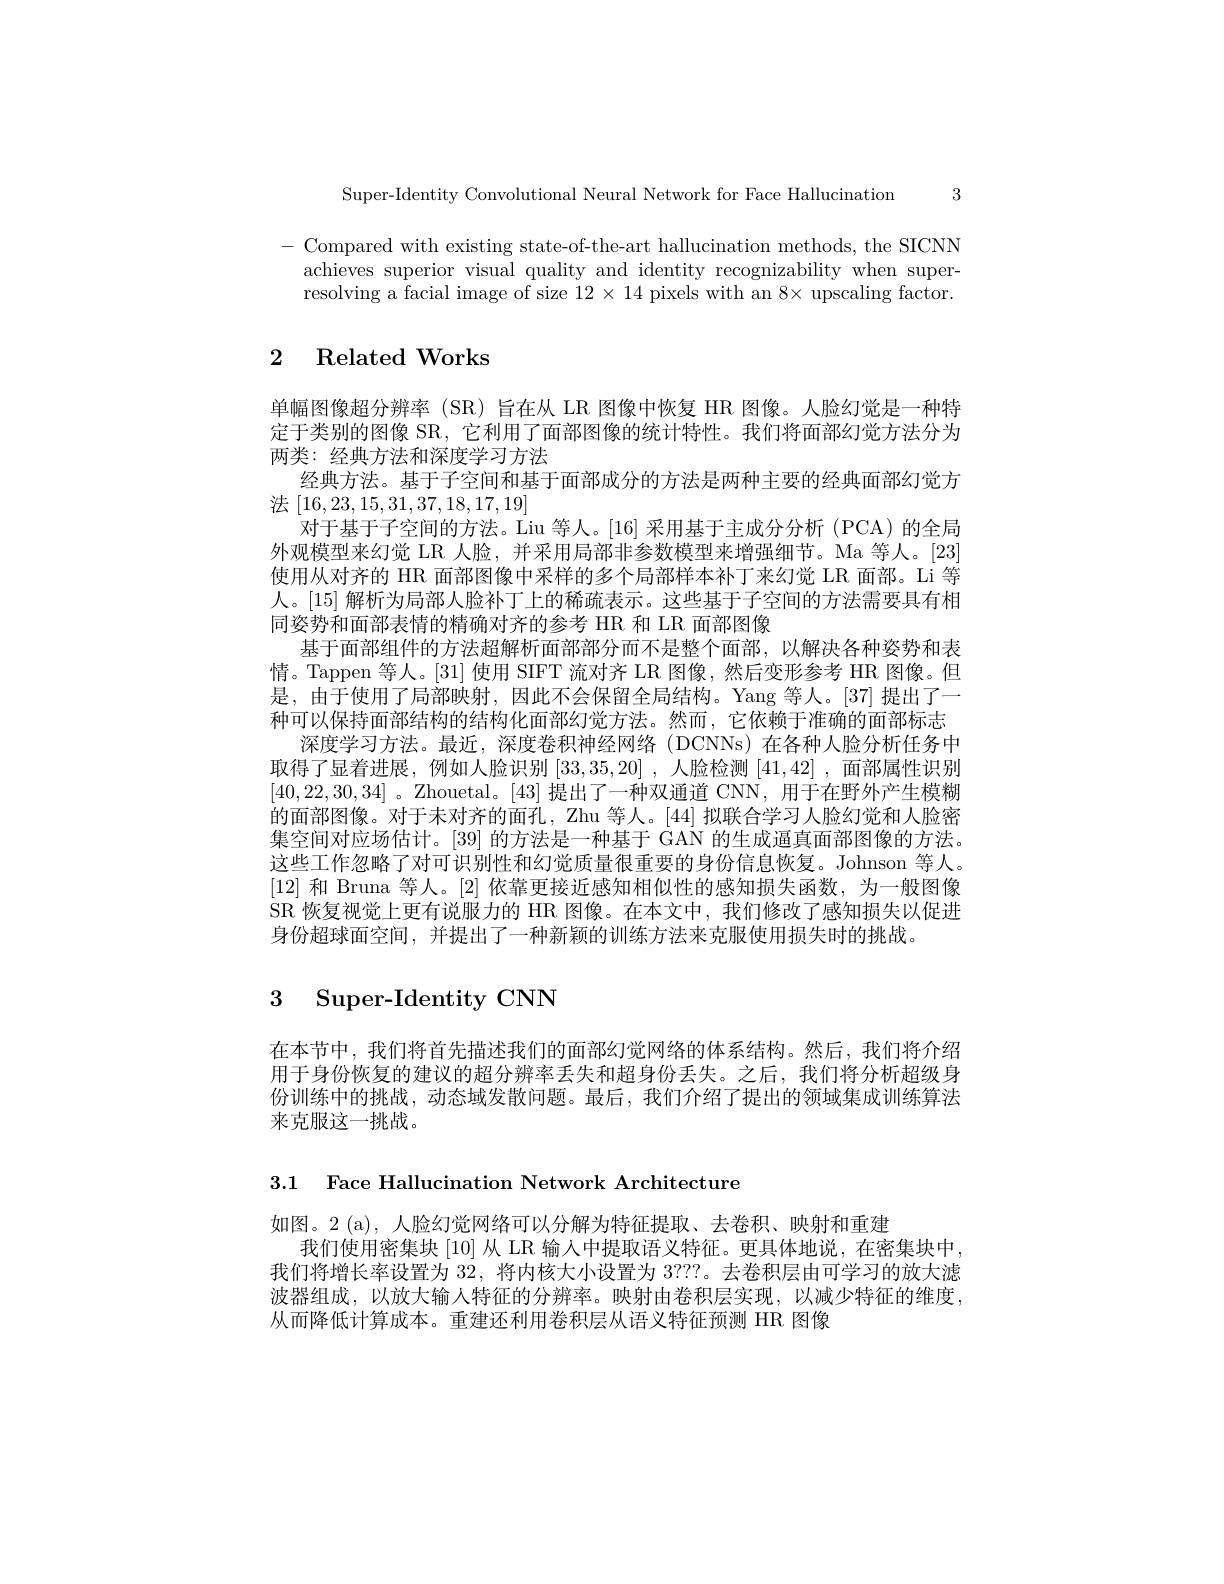
Super-Identity Convolutional Neural Network for Face Hallucination 3

- Compared with existing state-of-the-art hallucination methods, the SICNN
achieves superior visual quality and identity recognizability when superresolving a facial image of size $12\times14$ pixels with an 8× upscaling factor.

# 2 Related Works

单幅图像超分辨率 (SR)旨在从 LR 图像中恢复 HR 图像。人脸幻觉是一种特定于类别的图像 SR, 它利用了面部图像的统计特性。我们将面部幻觉方法分为两类：经典方法和深度学习方法
经典方法。基于子空间和基于面部成分的方法是两种主要的经典面部幻觉方
法[16,23,15,31,37,18,17,19]
对于基于子空间的方法。Liu 等人。[16] 采用基于主成分分析 (PCA)的全局外观模型来幻觉 LR 人脸，并采用局部非参数模型来增强细节。Ma 等人。[23] 使用从对齐的 HR 面部图像中采样的多个局部样本补丁来幻觉 LR 面部。Li 等人。[15]解析为局部人脸补丁上的稀疏表示。这些基于子空间的方法需要具有相同姿势和面部表情的精确对齐的参考 HR 和 LR 面部图像
基于面部组件的方法超解析面部部分而不是整个面部，以解决各种姿势和表情。Tappen 等人。[31] 使用 SIFT 流对齐 LR 图像，然后变形参考 HR 图像。但是，由于使用了局部映射，因此不会保留全局结构。Yang 等人。[37] 提出了一种可以保持面部结构的结构化面部幻觉方法。然而，它依赖于准确的面部标志
深度学习方法。最近，深度卷积神经网络(DCNNs)在各种人脸分析任务中取得了显着进展，例如人脸识别[33,35,20] ,人脸检测[41,42] ,面部属性识别[40,22,30,34] 。Zhouetal。[43] 提出了一种双通道 CNN, 用于在野外产生模糊的面部图像。对于未对齐的面孔，Zhu 等人。[44] 拟联合学习人脸幻觉和人脸密集空间对应场估计。[39] 的方法是一种基于 GAN 的生成逼真面部图像的方法。这些工作忽略了对可识别性和幻觉质量很重要的身份信息恢复。Johnson 等人。[12]和 Bruna 等人。[2]依靠更接近感知相似性的感知损失函数，为一般图像SR 恢复视觉上更有说服力的 HR 图像。在本文中，我们修改了感知损失以促进身份超球面空间，并提出了一种新颖的训练方法来克服使用损失时的挑战。

## 3 Super-Identity CNN

在本节中，我们将首先描述我们的面部幻觉网络的体系结构。然后，我们将介绍用于身份恢复的建议的超分辨率丢失和超身份丢失。之后，我们将分析超级身份训练中的挑战，动态域发散问题。最后，我们介绍了提出的领域集成训练算法来克服这一挑战。

3.1 Face Hallucination Network Architecture

如图。2 (a),人脸幻觉网络可以分解为特征提取、去卷积、映射和重建
我们使用密集块 [10] 从 LR 输入中提取语义特征。更具体地说，在密集块中我们将增长率设置为32，将内核大小设置为3？??。去卷积层由可学习的放大滤波器组成，以放大输人特征的分辨率。映射由卷积层实现，以减少特征的维度， 从而降低计算成本。重建还利用卷积层从语义特征预测 HR 图像